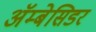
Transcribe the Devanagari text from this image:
अॅम्बेसिडर